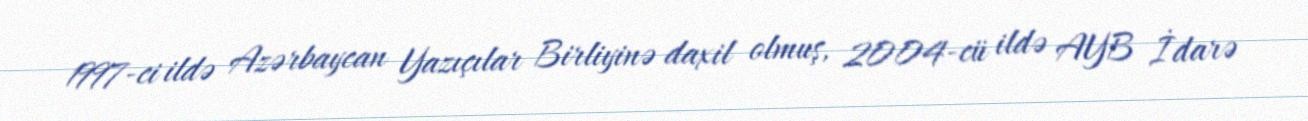
1997-ci ildə Azərbaycan Yazıçılar Birliyinə daxil olmuş, 2004-cü ildə AYB İdarə